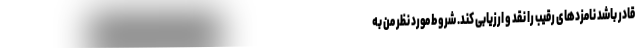
قادر باشد نامزدهای رقیب را نقد و ارزیابی کند. شروط مورد نظر من به